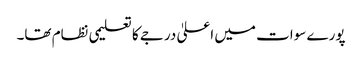
پورے سوات میں اعلیٰ درجے کا تعلیمی نظام تھا۔